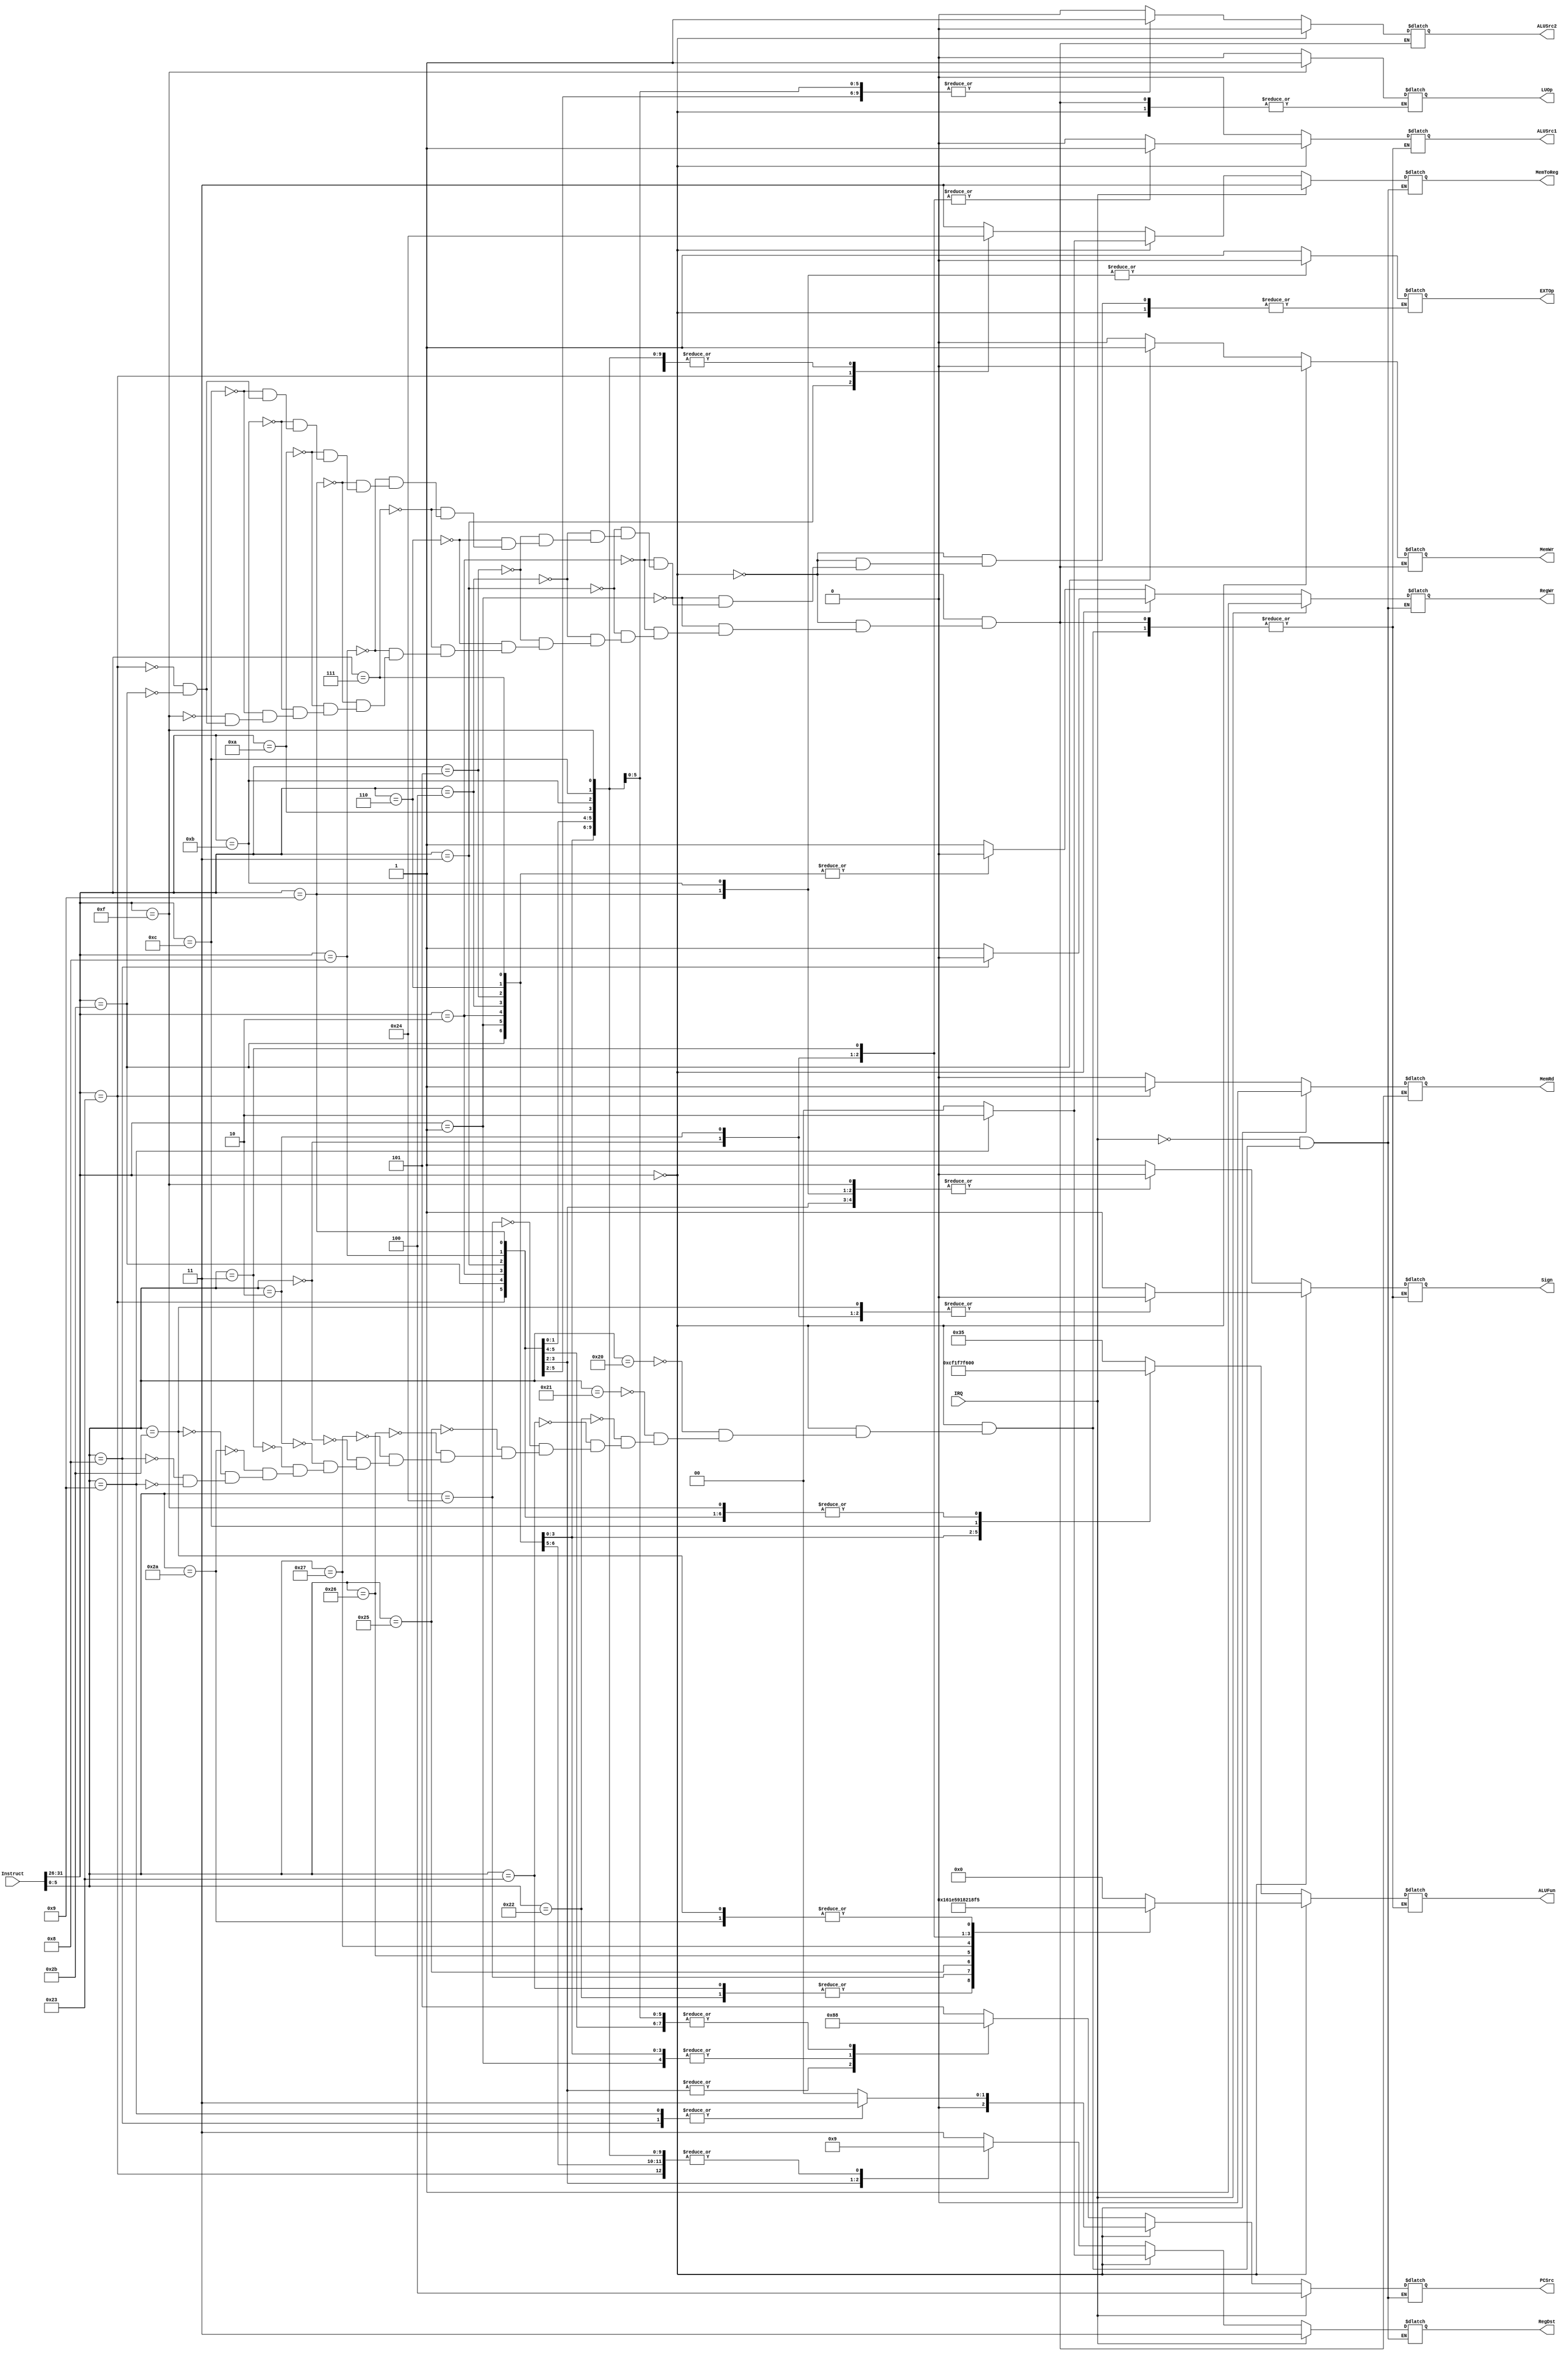
module Control(Instruct,IRQ,PCSrc,RegDst,RegWr,ALUSrc1,ALUSrc2,ALUFun,Sign,MemWr,MemRd,MemToReg,EXTOp,LUOp);
input[31:0] Instruct;
input IRQ;
output reg RegWr,ALUSrc1,ALUSrc2,Sign,MemWr,MemRd,EXTOp,LUOp;
output reg [2:0] PCSrc;
output reg [1:0] RegDst,MemToReg;
output reg [5:0] ALUFun;

initial begin 
RegWr=0;
ALUSrc1=0;
ALUSrc2=0;
Sign=0;
MemWr=0;
MemRd=0;
EXTOp=0;
LUOp=0;
PCSrc=0;
RegDst=0;
MemToReg=0;
ALUFun=0;
end

always @(*)
begin
if(Instruct[31:26]==0) //R-type j
begin
ALUSrc2=0;
MemWr=0;
MemRd=0;
case(Instruct[5:0])
6'h20:  //add
begin
PCSrc=0;
RegDst=0;
MemToReg=0;
ALUFun=6'b000000;
RegWr=1;
ALUSrc1=0;
Sign=1;
end

6'h21:  //addu
begin
PCSrc=0;
RegDst=0;
MemToReg=0;
ALUFun=6'b000000;
RegWr=1;
ALUSrc1=0;
Sign=0;
end

6'h22:  //sub
begin
PCSrc=0;
RegDst=0;
MemToReg=0;
ALUFun=6'b000001;
RegWr=1;
ALUSrc1=0;
Sign=1;
end

6'h23:  //subu
begin
PCSrc=0;
RegDst=0;
MemToReg=0;
ALUFun=6'b000001;
RegWr=1;
ALUSrc1=0;
Sign=0;
end

6'h24:  //and
begin
PCSrc=0;
RegDst=0;
MemToReg=0;
ALUFun=6'b011000;
RegWr=1;
ALUSrc1=0;
Sign=1;
end

6'h25:  //or
begin
PCSrc=0;
RegDst=0;
MemToReg=0;
ALUFun=6'b011110;
RegWr=1;
ALUSrc1=0;
Sign=1;
end

6'h26:  //xor
begin
PCSrc=0;
RegDst=0;
MemToReg=0;
ALUFun=6'b010110;
RegWr=1;
ALUSrc1=0;
Sign=1;
end

6'h27: //nor
begin
PCSrc=0;
RegDst=0;
MemToReg=0;
ALUFun=6'b010001;
RegWr=1;
ALUSrc1=0;
Sign=1;
end

6'h00: //sll
begin
PCSrc=0;
RegDst=0;
MemToReg=0;
ALUFun=6'b100000;
RegWr=1;
ALUSrc1=1;
Sign=0;
end
  
6'h02:  //srl
begin
PCSrc=0;
RegDst=0;
MemToReg=0;
ALUFun=6'b100001;
RegWr=1;
ALUSrc1=1;
Sign=0;
end

6'h03:  //sra
begin
PCSrc=0;
RegDst=0;
MemToReg=0;
ALUFun=6'b100011;
RegWr=1;
ALUSrc1=1;
Sign=1;
end

6'h2a: //slt
begin
PCSrc=0;
RegDst=0;
MemToReg=0;
ALUFun=6'b110101;
RegWr=1;
ALUSrc1=0;
Sign=1;
end

6'h2b:  //sltu
begin
PCSrc=0;
RegDst=0;
MemToReg=0;
ALUFun=6'b110101;
RegWr=1;
ALUSrc1=0;
Sign=0;
end

6'h8:  //jr
begin
PCSrc=3'b011;
RegDst=0;
MemToReg=0;
ALUFun=6'b000000;
RegWr=0;
ALUSrc1=0;
Sign=1;
end

6'h9:  //jalr
begin
PCSrc=3'b011;
RegDst=2'b10;
MemToReg=2'b10;
ALUFun=6'b000000;
RegWr=1;
ALUSrc1=0;
Sign=1;
end

endcase
end

else  //I-type&J-type
begin
case(Instruct[31:26])
6'h01:  //bltz
begin
PCSrc=3'b001;
RegDst=2'b01;
MemToReg=0;
ALUFun=6'b110101;
RegWr=0;
ALUSrc1=0;
ALUSrc2=0;
Sign=1;
MemWr=0;
MemRd=0;
EXTOp=1;
LUOp=0;
end

6'h02:  //j
begin
PCSrc=3'b010;
RegDst=0;
MemToReg=0;
ALUFun=6'b000000;
RegWr=0;
ALUSrc1=0;
ALUSrc2=1;
Sign=0;
MemWr=0;
MemRd=0;
EXTOp=1;
LUOp=0;
end

6'h03:  //jal
begin
PCSrc=3'b010;
RegDst=2'b10;
MemToReg=2'b10;
ALUFun=6'b000000;
RegWr=1;
ALUSrc1=0;
ALUSrc2=1;
Sign=0;
MemWr=0;
MemRd=0;
EXTOp=1;
LUOp=0;
end

6'h04: //beq
begin
PCSrc=3'b001;
RegDst=2'b01;
MemToReg=0;
ALUFun=6'b110011;
RegWr=0;
ALUSrc1=0;
ALUSrc2=0;
Sign=1;
MemWr=0;
MemRd=0;
EXTOp=1;
LUOp=0;
end

6'h05:  //bne
begin
PCSrc=3'b001;
RegDst=2'b01;
MemToReg=0;
ALUFun=6'b110001;
RegWr=0;
ALUSrc1=0;
ALUSrc2=0;
Sign=1;
MemWr=0;
MemRd=0;
EXTOp=1;
LUOp=0;
end

6'h06:  //blez
begin
PCSrc=3'b001;
RegDst=2'b01;
MemToReg=0;
ALUFun=6'b111101;
RegWr=0;
ALUSrc1=0;
ALUSrc2=0;
Sign=1;
MemWr=0;
MemRd=0;
EXTOp=1;
LUOp=0;
end

6'h07:  //bgtz
begin
PCSrc=3'b001;
RegDst=2'b01;
MemToReg=0;
ALUFun=6'b111111;
RegWr=0;
ALUSrc1=0;
ALUSrc2=0;
Sign=1;
MemWr=0;
MemRd=0;
EXTOp=1;
LUOp=0;
end

6'h08: //addi
begin
PCSrc=0;
RegDst=2'b01;
MemToReg=0;
ALUFun=6'b000000;
RegWr=1;
ALUSrc1=0;
ALUSrc2=1;
Sign=1;
MemWr=0;
MemRd=0;
EXTOp=1;
LUOp=0;
end

6'h09:  //addiu
begin
PCSrc=0;
RegDst=2'b01;
MemToReg=0;
ALUFun=6'b000000;
RegWr=1;
ALUSrc1=0;
ALUSrc2=1;
Sign=0;
MemWr=0;
MemRd=0;
EXTOp=0;
LUOp=0;
end

6'h0a:  //slti
begin
PCSrc=0;
RegDst=2'b01;
MemToReg=0;
ALUFun=6'b110101;
RegWr=1;
ALUSrc1=0;
ALUSrc2=1;
Sign=1;
MemWr=0;
MemRd=0;
EXTOp=1;
LUOp=0;
end

6'h0b:  //sltiu
begin
PCSrc=0;
RegDst=2'b01;
MemToReg=0;
ALUFun=6'b110101;
RegWr=1;
ALUSrc1=0;
ALUSrc2=1;
Sign=0;
MemWr=0;
MemRd=0;
EXTOp=0;
LUOp=0;
end

6'h0c:  //andi
begin
PCSrc=0;
RegDst=2'b01;
MemToReg=0;
ALUFun=6'b011000;
RegWr=1;
ALUSrc1=0;
ALUSrc2=1;
Sign=1;
MemWr=0;
MemRd=0;
EXTOp=1;
LUOp=0;
end

6'h0f:  //lui
begin
PCSrc=0;
RegDst=2'b01;
MemToReg=0;
ALUFun=6'b000000;
RegWr=1;
ALUSrc1=0;
ALUSrc2=1;
Sign=0;
MemWr=0;
MemRd=0;
LUOp=1;
end

6'h23:  //lw
begin
PCSrc=0;
RegDst=2'b01;
MemToReg=2'b01;
ALUFun=6'b000000;
RegWr=1;
ALUSrc1=0;
ALUSrc2=1;
Sign=1;
MemWr=0;
MemRd=1;
EXTOp=1;
LUOp=0;
end

6'h2b:  //sw
begin
PCSrc=0;
RegDst=2'b01;
MemToReg=0;
ALUFun=6'b000000;
RegWr=0;
ALUSrc1=0;
ALUSrc2=1;
Sign=1;
MemWr=1;
MemRd=0;
EXTOp=1;
LUOp=0;
end
default:
begin   //Exception
RegWr=1;
PCSrc=3'b101;
RegDst=2'b11;
MemToReg=2'b11;


end
endcase
end
if(IRQ==1)//interrupt
begin
RegWr=1;
PCSrc=3'b100;
RegDst=2'b11;
MemToReg=2'b11;
end
end
endmodule